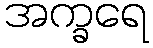
အက္ခရေ